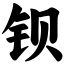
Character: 钡